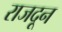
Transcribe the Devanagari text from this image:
राजदून